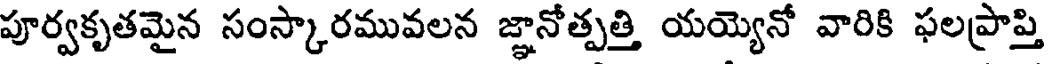
పూర్వకృతమైన సంస్కారమువలన జ్ఞానోత్పత్తి యయ్యెనో వారికి ఫలప్రాప్తి